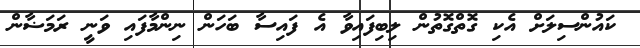
ކައުންސިލަށް އެކި ގޮތްގޮތުން ލިބިފައިވާ އެ ފައިސާ ބަހަން ނިންމާފައި ވަނީ ރަމަޟާން